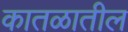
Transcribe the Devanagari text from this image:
कातळातील